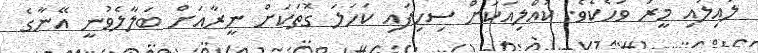
ލުއިލުއި މީރު ވަހެކެވެ. ކުއްލިއަކަށް ސިހިފައި ކަހަލަ ގޮތަކަށް ނީރާއަށް ބަލާލެވުނީ އޭނާގެ